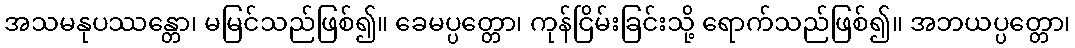
အသမနုပဿန္တော၊ မမြင်သည်ဖြစ်၍။ ခေမပ္ပတ္တော၊ ကုန်ငြိမ်းခြင်းသို့ ရောက်သည်ဖြစ်၍။ အဘယပ္ပတ္တော၊